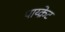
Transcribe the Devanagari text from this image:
पाय्क्रेट